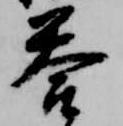
答